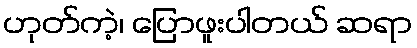
ဟုတ်ကဲ့၊ ပြောဖူးပါတယ် ဆရာ